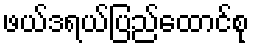
ဖယ်ဒရယ်ပြည်ထောင်စု